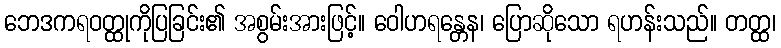
ဘေဒကရဝတ္ထုကိုပြခြင်း၏ အစွမ်းအားဖြင့်။ ဝေါဟရန္တေန၊ ပြောဆိုသော ရဟန်းသည်။ တတ္ထ၊